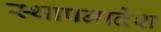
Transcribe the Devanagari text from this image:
स्थापनादेश